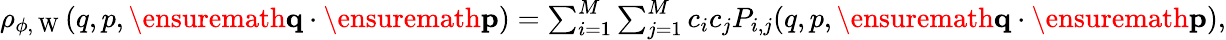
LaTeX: \begin{array}{r}{\rho_{\phi,\mathrm{~W~}}(q,p,\ensuremath{\mathbf{q}}\cdot\ensuremath{\mathbf{p}})=\sum_{i=1}^{M}\sum_{j=1}^{M}c_{i}c_{j}P_{i,j}(q,p,\ensuremath{\mathbf{q}}\cdot\ensuremath{\mathbf{p}}),}\end{array}